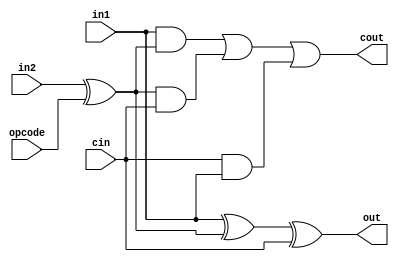
// 1 bit addition/subtraction in 2's complement
module alu1(in1, in2, cin, opcode, out, cout);

   input in1;
   input in2;
   input cin;
   input opcode;

   output out;
   wire out;
   output cout;
   wire cout;

   wire b;
   assign b = in2 ^ opcode;


   assign out = in1 ^ b ^ cin;
   assign cout = (in1 & b) | (b & cin) | (cin & in1);

endmodule


//16 bit 2's complement addition / subtraction
module alu4(in1, in2, opcode, ans); //cf);

	input [15:0]in1;
  input [15:0]in2;
	input opcode;

	//output cf;
	output [15:0] ans;


	wire [15:0] carry;
	wire cin;
	assign cin = opcode;

	alu1 bit0 (.in1(in1[0]) , .in2(in2[0]) , .cin(cin) , .cout(carry[0]) , .opcode(opcode) , .out(ans[0]));
	alu1 bit1 (.in1(in1[1]) , .in2(in2[1]) , .cin(carry[0]) , .cout(carry[1]) , .opcode(opcode) , .out(ans[1]));
	alu1 bit2 (.in1(in1[2]) , .in2(in2[2]) , .cin(carry[1]) , .cout(carry[2]) , .opcode(opcode) , .out(ans[2]));
	alu1 bit3 (.in1(in1[3]) , .in2(in2[3]) , .cin(carry[2]) , .cout(carry[3]) , .opcode(opcode) , .out(ans[3]));
  alu1 bit4 (.in1(in1[4]) , .in2(in2[4]) , .cin(carry[3]) , .cout(carry[4]) , .opcode(opcode) , .out(ans[4]));
	alu1 bit5 (.in1(in1[5]) , .in2(in2[5]) , .cin(carry[4]) , .cout(carry[5]) , .opcode(opcode) , .out(ans[5]));
	alu1 bit6 (.in1(in1[6]) , .in2(in2[6]) , .cin(carry[5]) , .cout(carry[6]) , .opcode(opcode) , .out(ans[6]));
	alu1 bit7 (.in1(in1[7]) , .in2(in2[7]) , .cin(carry[6]) , .cout(carry[7]) , .opcode(opcode) , .out(ans[7]));
	alu1 bit8 (.in1(in1[8]) , .in2(in2[8]) , .cin(carry[7]) , .cout(carry[8]) , .opcode(opcode) , .out(ans[8]));
	alu1 bit9 (.in1(in1[9]) , .in2(in2[9]) , .cin(carry[8]) , .cout(carry[9]) , .opcode(opcode) , .out(ans[9]));
	alu1 bit10 (.in1(in1[10]) , .in2(in2[10]) , .cin(carry[9]) , .cout(carry[10]) , .opcode(opcode) , .out(ans[10]));
	alu1 bit11 (.in1(in1[11]) , .in2(in2[11]) , .cin(carry[10]) , .cout(carry[11]) , .opcode(opcode) , .out(ans[11]));
	alu1 bit12 (.in1(in1[12]) , .in2(in2[12]) , .cin(carry[11]) , .cout(carry[12]) , .opcode(opcode) , .out(ans[12]));
	alu1 bit13 (.in1(in1[13]) , .in2(in2[13]) , .cin(carry[12]) , .cout(carry[13]) , .opcode(opcode) , .out(ans[13]));
	alu1 bit14 (.in1(in1[14]) , .in2(in2[14]) , .cin(carry[13]) , .cout(carry[14]) , .opcode(opcode) , .out(ans[14]));
	alu1 bit15 (.in1(in1[15]) , .in2(in2[15]) , .cin(carry[14]) , .cout(carry[15]) , .opcode(opcode) , .out(ans[15]));


	//assign cf = carry[15];

endmodule